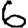
Digit: 6